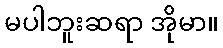
မပါဘူးဆရာ အိုမာ။